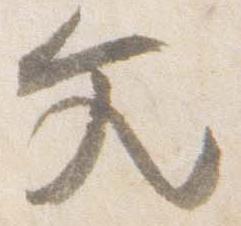
文